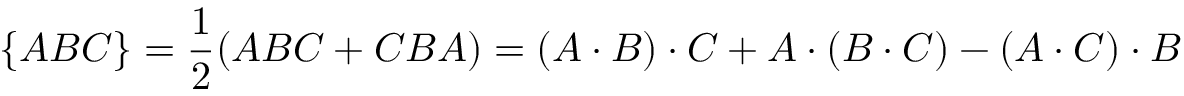
\{ A B C \} = \frac { 1 } { 2 } ( A B C + C B A ) = ( A \cdot B ) \cdot C + A \cdot ( B \cdot C ) - ( A \cdot C ) \cdot B